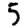
Digit: 5